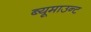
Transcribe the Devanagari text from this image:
ब्यूमाउन्ट